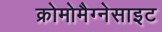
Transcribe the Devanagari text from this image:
क्रोमोमैग्‍नेसाइट